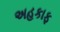
અહકાફ